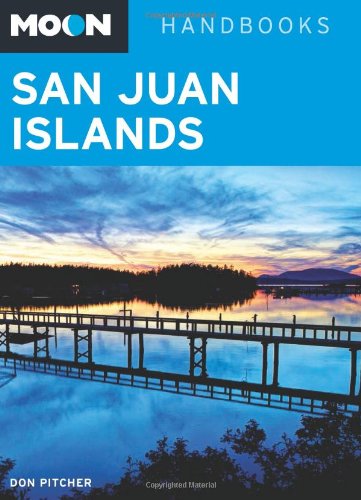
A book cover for Moon San Juan Islands (Moon Handbooks); Don Pitcher; Travel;